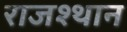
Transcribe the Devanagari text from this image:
राजश्थान